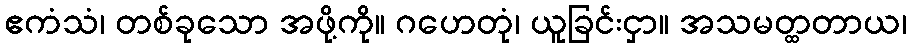
ဧကံသံ၊ တစ်ခုသော အဖို့ကို။ ဂဟေတုံ၊ ယူခြင်းငှာ။ အသမတ္ထတာယ၊